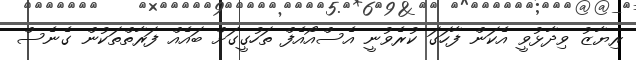
ރިޔާޒު ވިދާޅުވީ އެކަން ފާހަގަ ކުރެވުނީ އެސްއޯއެފް ތަހުގީގަށް ބައެއް ފަރާތްތަކުން ގެނެސް